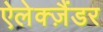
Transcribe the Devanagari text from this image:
ऐलेक्ज़ैंडर